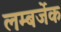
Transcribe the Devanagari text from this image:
लम्बर्जेक